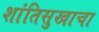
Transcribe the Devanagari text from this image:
शांतिसुखाचा